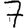
Digit: 7